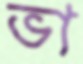
ভা